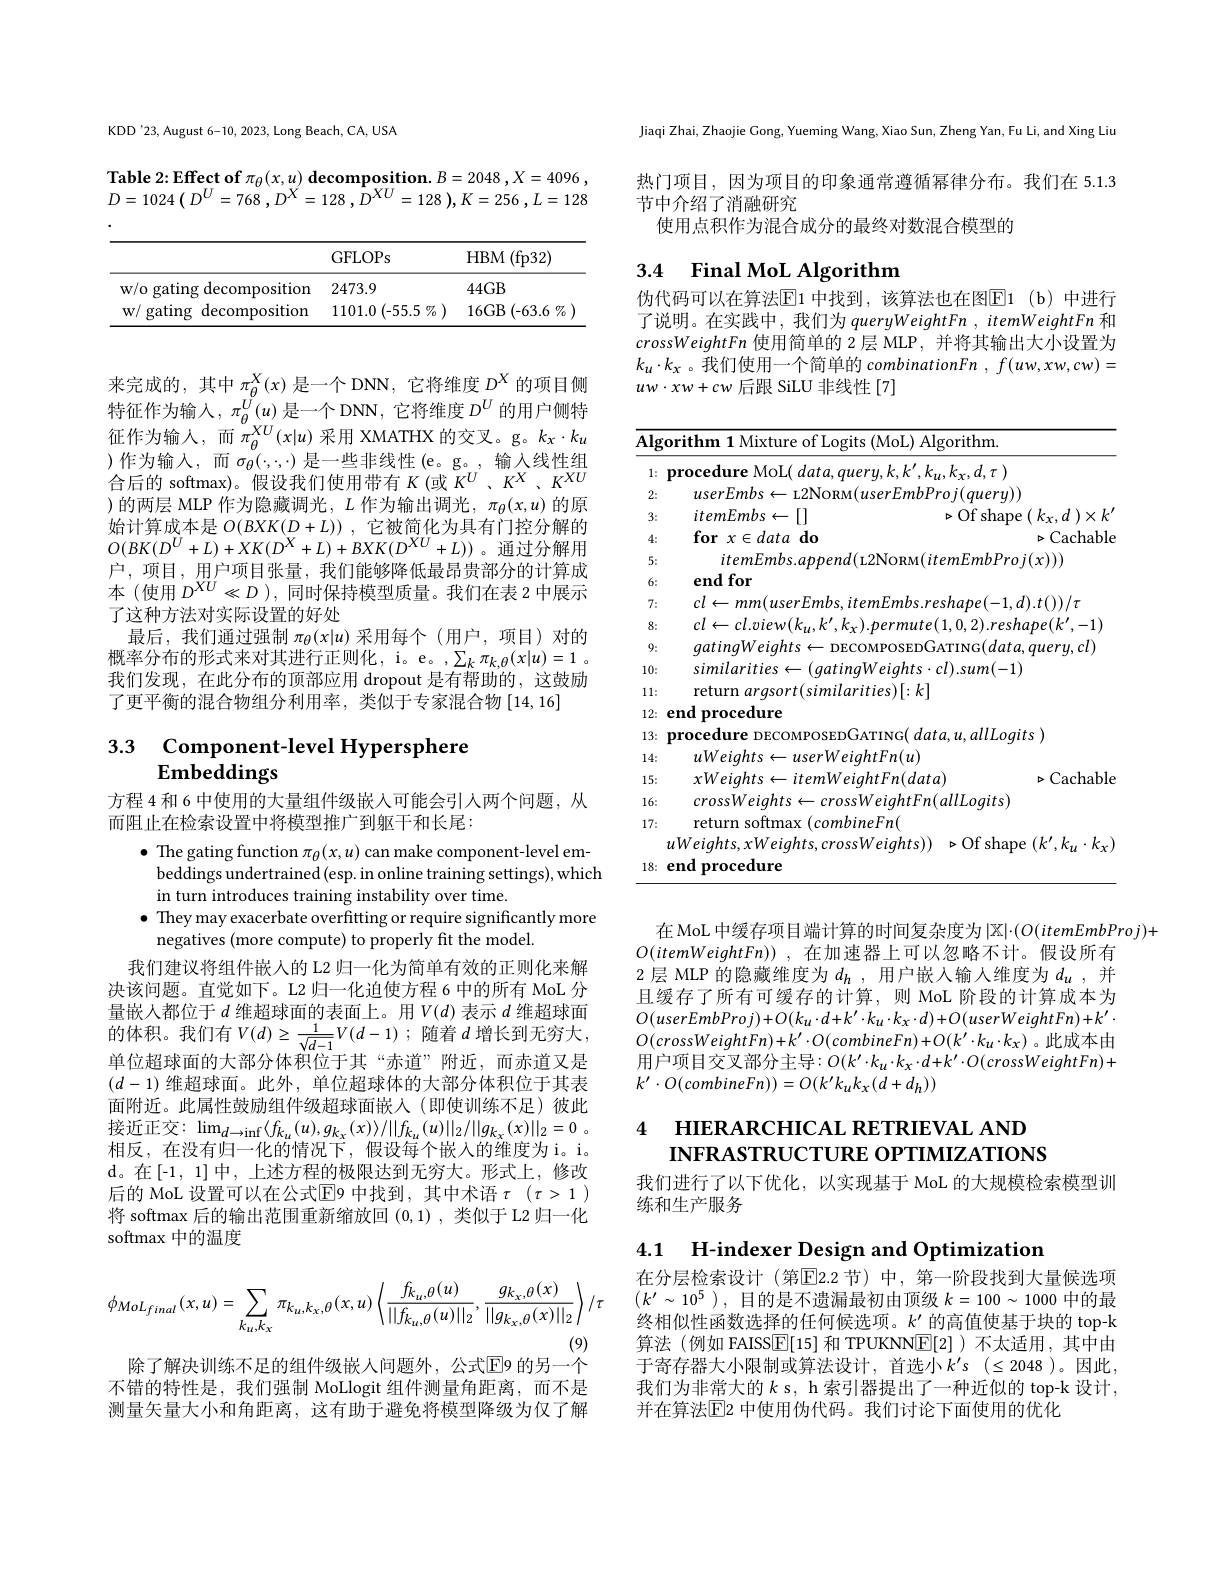
KDD'23, August 6-10, 2023, Long Beach, CA, USA

$\textbf{Table 2: Effect of }\pi _{\theta }( x, u) \textbf{ decomposition. }B= 2048$ $, X= 4096$ , $D= 1024\left ( D^{U}= 768\:, D^{X}= 128\:, \:\tilde{D} ^{XU}= 128\:\right ) , K= 256$ $, L= 128$

<table>
	<tbody>
		<tr>
			<th> </th>
			<th>GFLOPs</th>
			<th>$\operatorname{HBM}\left(\right)$ (fp32)</th>
		</tr>
		<tr>
			<td>w/o gating decomposition</td>
			<td>2473.9</td>
			<td>$44GB$</td>
		</tr>
		<tr>
			<td>$W/$ , gating decomposition</td>
			<td>1101.0 (-55.5 $i$ $/ 7_{0}$ ) 1</td>
			<td>$16GB$ (-63.6 $\%$</td>
		</tr>
	</tbody>
</table>

来完成的，其中$\pi_\theta^X(x)$是一个 DNN, 它将维度$D^X$的项目侧特征作为输入，$\pi_\theta^U(u)$是一个 DNN, 它将维度$D^U$的用户侧特征作为输入，而$\pi_\theta^{XU}(x|u)$采用 XMATHX 的交叉。g。$k_x\cdot k_u$ )作为输入，而$\sigma_\theta(;\cdot,\cdot)$ 是一些非线性(e。g。,输入线性组合后的 softmax)。假设我们使用带有$K($或$K^U,K^X,K^{XU}$ )的两层 MLP 作为隐藏调光，$L$作为输出调光，$\pi_\theta(x,u)$的原始计算成本是$O(BXK(D+L))$ ,它被简化为具有门控分解的$O(BK(D^{U}+L)+XK(D^{X}+L)+BXK(D^{XU}+L))$。通过分解用户，项目，用户项目张量，我们能够降低最昂贵部分的计算成本(使用$D^XU\ll D)$,同时保持模型质量。我们在表 2 中展示了这种方法对实际设置的好处
最后，我们通过强制$\pi_\theta(x|u)$采用每个(用户，项目)对的概率分布的形式来对其进行正则化，i。e。,$\sum_k\pi_{k,\theta}(x|u)=1$。我们发现，在此分布的顶部应用 dropout 是有帮助的，这鼓励了更平衡的混合物组分利用率，类似于专家混合物[14,16]

# 3.3 Component-level Hypersphere Embeddings

方程 4 和 6 中使用的大量组件级嵌人可能会引人两个问题，从
而阻止在检索设置中将模型推广到躯干和长尾：

$\bullet$ The gating function $\pi_\theta(x,u)$ can make component-level embeddings undertrained (esp. in online training settings), which in turn introduces training instability over time.
$\bullet$ They may exacerbate overfitting or require significantly more
negatives (more compute) to properly fit the model.
我们建议将组件嵌人的 L2 归一化为简单有效的正则化来解决该问题。直觉如下。L2 归一化迫使方程 6 中的所有 MoL 分量嵌人都位于$d$维超球面的表面上。用$V(d)$表示$d$维超球面的体积。我们有$V(d)\geq\frac1{\sqrt{d-1}}V(d-1);$随着$d$增长到无穷大， 单位超球面的大部分体积位于其“赤道”附近，而赤道又是$(d-1)$维超球面。此外，单位超球体的大部分体积位于其表面附近。此属性鼓励组件级超球面嵌入(即使训练不足)彼此接近正交：$\lim_d\to\inf\langle f_{k_u}(u),g_{k_x}(x)\rangle/\|f_{k_u}(u)\|_2/\|g_{k_x}(x)\|_2=0$。相反，在没有归一化的情况下，假设每个嵌入的维度为i。i。d。在[-1,1]中，上述方程的极限达到无穷大。形式上，修改后的 MoL 设置可以在公式$\operatorname{E}$9 中找到，其中术语 $\tau(\tau>1)$ 将 softmax 后的输出范围重新缩放回(0,1),类似于 L2 归一化softmax 中的温度
$$\phi_{MoL_{final}}(x,u)=\sum_{k_{u},k_{x}}\pi_{k_{u},k_{x},\theta}(x,u)\left\langle\frac{f_{k_{u},\theta}(u)}{||f_{k_{u},\theta}(u)||_{2}},\frac{g_{k_{x},\theta}(x)}{||g_{k_{x},\theta}(x)||_{2}}\right\rangle/\tau $$
除了解决训练不足的组件级嵌人问题外，公式$\overline{\mathrm{E}}$9 的另一个

不错的特性是，我们强制 MoLlogit 组件测量角距离，而不是测量矢量大小和角距离，这有助于避免将模型降级为仅了解

Jiaqi Zhai, Zhaojie Gong, Yueming Wang, Xiao Sun, Zheng Yan, Fu Li, and Xing Liu

热门项目，因为项目的印象通常遵循幂律分布。我们在 5.1.3
节中介绍了消融研究
使用点积作为混合成分的最终对数混合模型的

3.4 Final MoL Algorithm

伪代码可以在算法$\overline{\mathrm{E}}$1 中找到，该算法也在图$\overline{\mathrm{E}}$1 (b) 中进行了说明。在实践中，我们为 queryWeightFn , itemWeightFn 和crossWeightFn使用简单的 2 层 MLP , 并将其输出大小设置为$uw\cdot xw+cw$后跟 SiLU 非线性[7]

<table>
	<tbody>
		<tr>
			<th colspan="3">Algorithm 1 Mixtr of Logits ( MoL) Algorithm</th>
		</tr>
		<tr>
			<th>1:</th>
			<th>${\textbf{procedure MoL( data,query,k,k',k}}_{l}$</th>
			<th>$,k_{x},d,\tau)$</th>
		</tr>
		<tr>
			<td>2:</td>
			<td>$userEmbs\leftarrow$L2NoRM$(userEmbPi$</td>
			<td>$roj(query))$</td>
		</tr>
		<tr>
			<td>3:</td>
			<td>$itemEmbs\leftarrow[1]$</td>
			<td>$\triangleright$Of shape ( $k_{x}, d$ $) \times k^{\prime }$</td>
		</tr>
		<tr>
			<td>4:</td>
			<td>$\textbf{for}x\in data\textbf{do}$</td>
			<td>$\triangleright Cachable$</td>
		</tr>
		<tr>
			<td>5:</td>
			<td>$itemEmbs.append($L2NoRM$(it)$</td>
			<td>$emEmbProj(x))$</td>
		</tr>
		<tr>
			<td>6:</td>
			<td>$\mathbf{endfor}$</td>
			<td> </td>
		</tr>
		<tr>
			<td>7:</td>
			<td>$cl\leftarrow mm(userEmbs,itemEmbs.re$</td>
			<td>$shape(-1,d).t())/\tau$</td>
		</tr>
		<tr>
			<td>8:</td>
			<td>$cl\leftarrow cl.view(k_{u},k^{\prime},k_{x}).permute($</td>
			<td>$1,0,2).reshape$ $(k^{\prime}.$ ,-1)</td>
		</tr>
		<tr>
			<td>9:</td>
			<td>aatinaWeiahts . DFCOMPOSED( i, j) </td>
			<td>ATING$( data, querų , cl)$</td>
		</tr>
		<tr>
			<td> </td>
			<td> </td>
			<td>1</td>
		</tr>
		<tr>
			<td>1 1</td>
			<td>$rities)[\cdot k]$</td>
			<td>T </td>
		</tr>
		<tr>
			<td>1 1 1 1 2 T T</td>
			<td>$\because/1$ ${\mathbf{L}}^{\prime}{\mathbf{L}}^{\prime}$</td>
			<td> </td>
		</tr>
		<tr>
			<td>LL 2 1</td>
			<td> </td>
			<td>$lll_{oait}$ $-r$ n</td>
		</tr>
		<tr>
			<td>M 1 $A$</td>
			<td> </td>
			<td> </td>
		</tr>
		<tr>
			<td>5 1</td>
			<td> </td>
			<td>$r_{\mathrm{achahl}}$</td>
		</tr>
		<tr>
			<td>TI 1 1</td>
			<td> </td>
			<td>1777 $\omega_{aits}$</td>
		</tr>
		<tr>
			<td>N 1 7 1</td>
			<td> </td>
			<td>$y^{\prime\prime}$</td>
		</tr>
		<tr>
			<td>411 18:</td>
			<td>$uWeights,xWeights,crossWeights)$ ${\mathrm{end~procedure}}$</td>
			<td>$\triangleright$Of shape ${\mathrm{e}}\left(k^{\prime},k_{u}\cdot k_{x}\right)$</td>
		</tr>
		<tr>
			<td>18:</td>
			<td>end procedure</td>
			<td> </td>
		</tr>
	</tbody>
</table>

在 MoL 中缓存项目端计算的时间复杂度为$|\mathbb{X}|\cdot(O(itemEmbProj)+$
$O( itemWeightFn) )$ ,在加速器上可以忽略不计。假设所有2层 MLP 的隐藏维度为$d_h$ ,用户嵌入输人维度为$d_u$ ,并且缓存了所有可缓存的计算，则 MoL 阶段的计算成本为$O(userEmbProj)+O(k_{u}\cdot d+k^{\prime}\cdot k_{u}\cdot k_{x}\cdot d)+O(userWeightFn)+k^{\prime}\cdot$ $O(crossWeightFn)+k^{\prime}\cdot O(combineFn)+O(k^{\prime}\cdot k_u\cdot k_x)$。此成本由用 户 项 目 交 叉 部 分 主 导 : $O( k^{\prime }\cdot k_{u}\cdot k_{x}\cdot d+ k^{\prime }\cdot O( crossWeightFn) +$ Toll Tol Tol Tol Tol Tol Tol Tol Tol Tol Tol Tol Tol Tol Tol Tol Tol Tol Tol Tol Tol $k^{\prime}\cdot O(combineFn))=O(k^{\prime}k_{u}k_{x}(d+d_{h}))$

4 НIERARCHICAL RETRIEVAL AND
INFRASTRUCTURE OPTIMIZATIONS

我们进行了以下优化，以实现基于 MoL 的大规模检索模型训
练和生产服务

4.1 H-indexer Design and Optimization

在分层检索设计(第☑2.2 节)中，第一阶段找到大量候选项$(k^{\prime}\sim10^5)$,目的是不遗漏最初由顶级$k=100\sim1000$中的最终相似性函数选择的任何候选项。$k^{\prime}$的高值使基于块的 top-k 算法(例如 FAISS$\boxed{\mathbb{F}}[15]$和 TPUKNN$\boxed{\mathbb{F}}[2]$ )不太适用，其中由于寄存器大小限制或算法设计，首选小$k^\prime s$ $( \leq 2048$ )。因此， 我们为非常大的$k$ s, h 索引器提出了一种近似的 top-k 设计， 并在算法$\mathbb{E}$2 中使用伪代码。我们讨论下面使用的优化